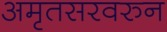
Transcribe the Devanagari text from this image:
अमृतसरवरुन